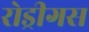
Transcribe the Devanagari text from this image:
रोड्रीगस